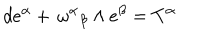
d e ^ { \alpha } + { { \, \omega } ^ { \alpha } } _ { \beta } \wedge e ^ { \beta } = T ^ { \alpha }